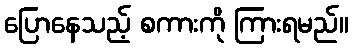
ပြောနေသည့် စကားကို ကြားရမည်။